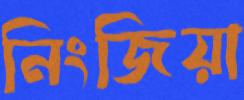
নিংজিয়া